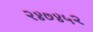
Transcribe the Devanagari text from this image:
२४७४५२